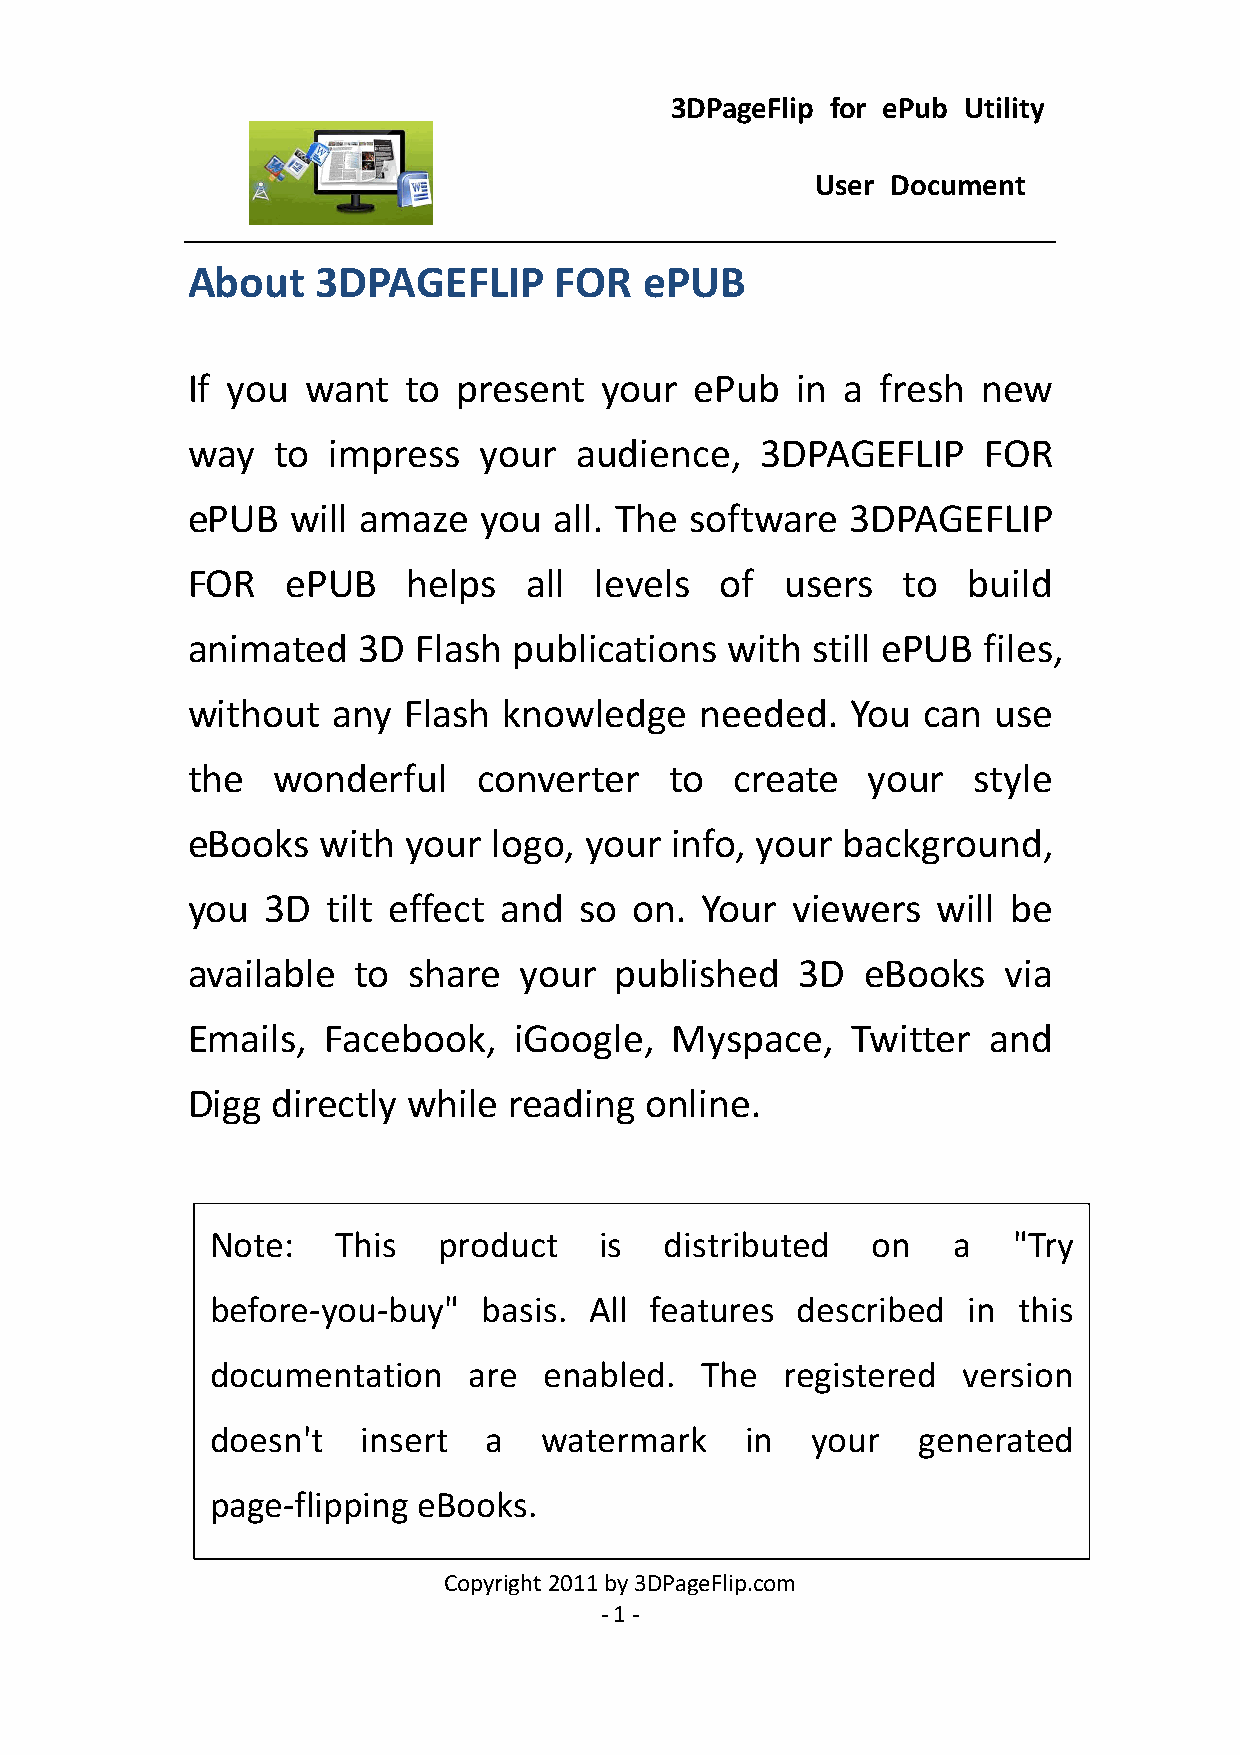
3DPageFlip for ePub Utility
 User Document
 About    3DPAGEFLIP      FOR   ePUB
 If you  want   to present   your  ePub   in a fresh  new
 way   to  impress   your  audience,   3DPAGEFLIP     FOR
 ePUB   will amaze   you  all. The software  3DPAGEFLIP
 FOR    ePUB    helps   all levels   of  users   to  build
 animated    3D Flash  publications  with  still ePUB files,
 without   any  Flash knowledge    needed.   You  can  use
 the   wonderful     converter   to   create  your   style
 eBooks   with  your  logo, your info, your  background,
 you   3D  tilt effect and so  on. Your  viewers   will be
 available  to  share  your   published   3D  eBooks    via
 Emails,   Facebook,   iGoogle,   Myspace,   Twitter  and
 Digg  directly while  reading  online.
 Note:   This   product    is  distributed   on   a   "Try
 before-you-buy"   basis. All features  described  in this
 documentation    are  enabled.  The   registered  version
 doesn't   insert  a   watermark    in   your   generated
 page-flipping eBooks.
 Copyright 2011 by 3DPageFlip.com
 - 1 -